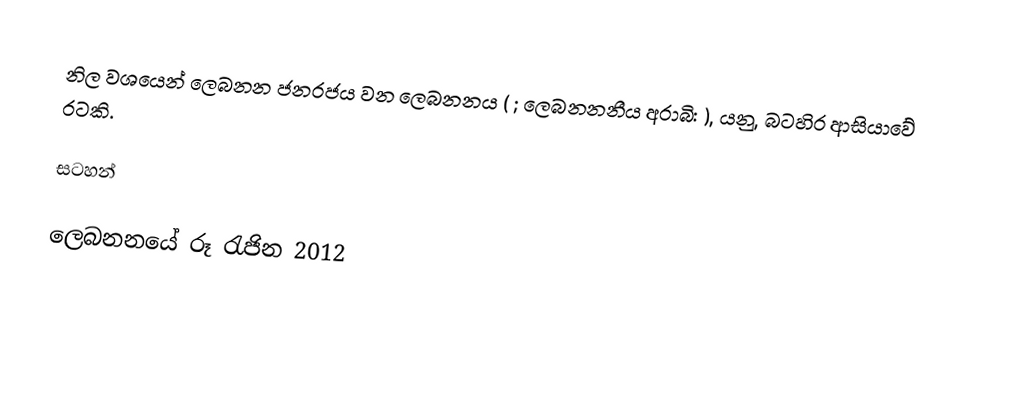
නිල වශයෙන්  ලෙබනන ජනරජය  වන ලෙබනනය  ( ; ලෙබනනනීය අරාබි: ), යනු, බටහිර ආසියාවේ රටකි.

සටහන්

ලෙබනනයේ රූ රැජින 2012